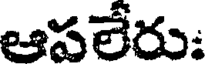
ఆపలేరు: